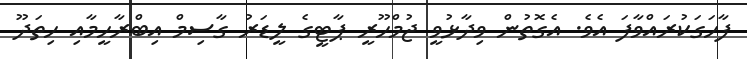
ފާހަގަކުރައްވާފަ އެވެ. އެގޮތުން ވިދާޅުވީ ޖުމްހޫރީ ޕާޓީގެ ލީޑަރު ގާސިމް އިބްރާހީމާއި ހިތަދޫ